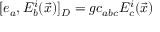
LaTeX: [ e _ { a } , E _ { b } ^ { i } ( \vec { x } ) ] _ { D } = g c _ { a b c } E _ { c } ^ { i } ( \vec { x } )